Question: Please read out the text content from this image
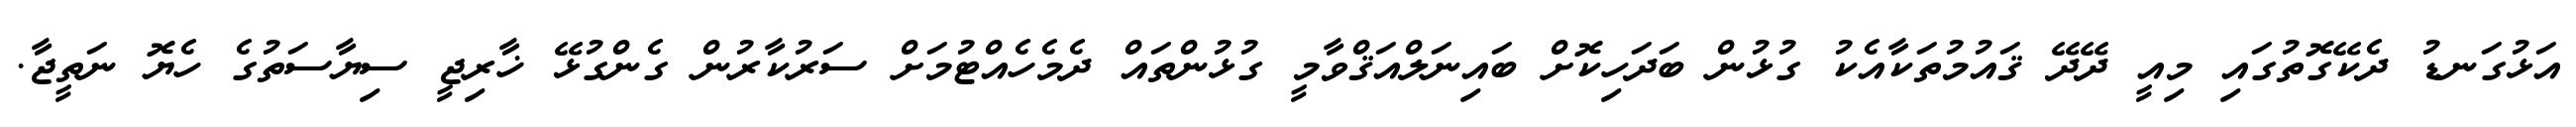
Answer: އަޅުގަނޑު ދެކޭގޮތުގައި މިއީ ދޭދޭ ޤައުމުތަކާއެކު ގުޅުން ބަދަހިކޮށް ބައިނަލްއަޤްވާމީ ގުޅުންތައް ދެމެހެއްޓުމަށް ސަރުކާރުން ގެންގުޅޭ ޚާރިޖީ ސިޔާސަތުގެ ހެޔޮ ނަތީޖާ.